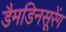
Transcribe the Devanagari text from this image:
डैमडिनसूरेंग